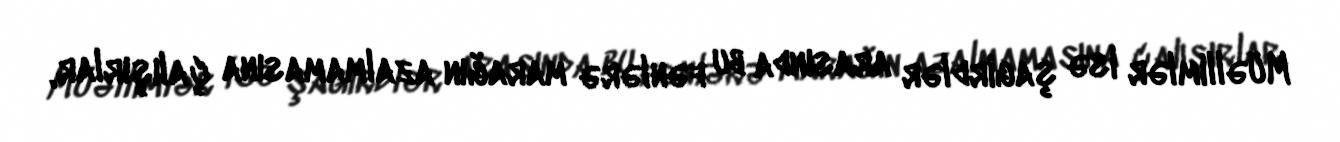
Müəllimlər isə şagirdlər arasında bu fənlərə marağın azalmamasına çalışırlar,